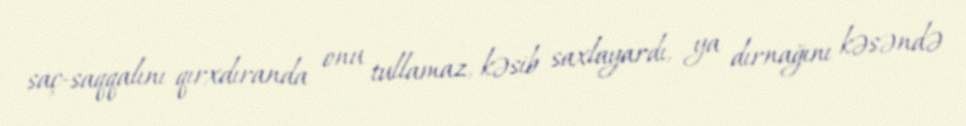
saç-saqqalını qırxdıranda onu tullamaz, kəsib saxlayardı, ya dırnağını kəsəndə